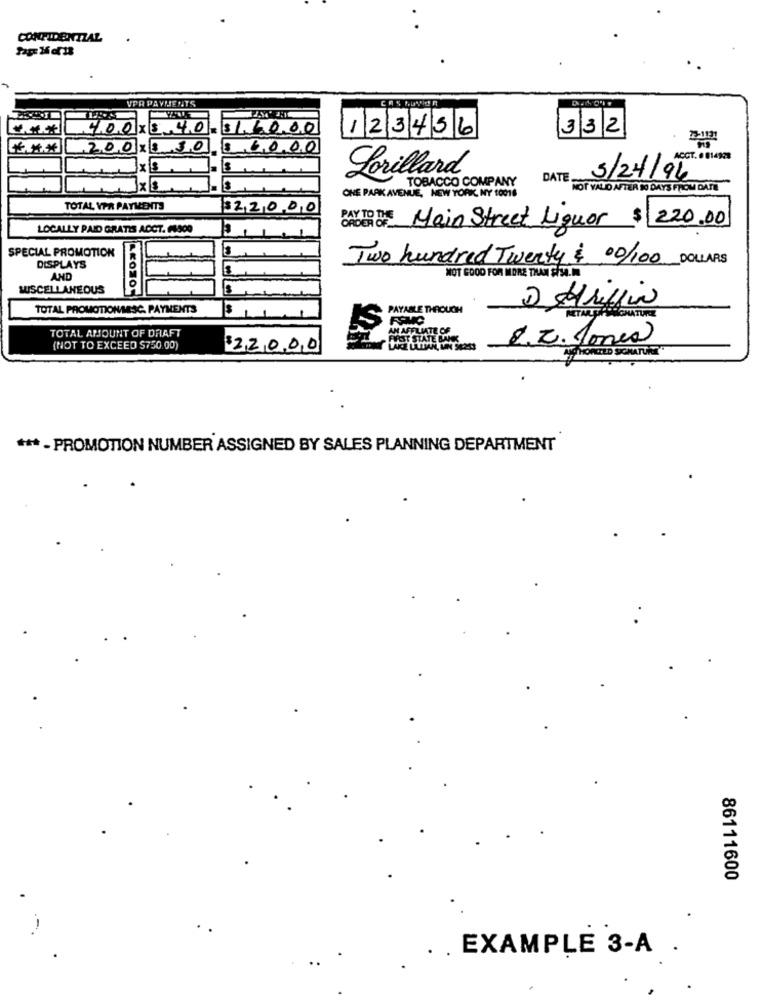
CONFIDENTIAL
VPR PAYMENTS
400 X $ 40
$1.50.00
332
123456
200×5
30
$6000
ACCT. 0 814928
Is
Lorillard
DATE.
5/24/94
TOBACCO COMPANY
NOT VALID AFTER M DAYS FROM DATE
ONE PARK AVENUE, NEW YORK, NY 10016
TOTAL YPR PAYMENTS
322000
LOCALLY PAID GRATIS ACCT. F4900
PAY TO THE Main Street Liquor $ 220.00
SPECIAL PROMOTION
Two hundred Twenty $ 00/100 DOLLARS
DISPLAYS
AND
NOT GOOD FOR MORE THAN $/50.00
MISCELLANEOUS
2 Huffin
TOTAL PROMOTION/MESC. PAYMENTS
PAYABLE THROUGH
METARY
SIGNATURE
TOTAL AMOUNT OF DRAFT
2. 2. Jones
(NOT TO EXCEED $750.00)
22000
AT HORCIED SIGNATURE
*** - PROMOTION NUMBER ASSIGNED BY SALES PLANNING DEPARTMENT
86111600
. . EXAMPLE 3-A .